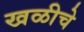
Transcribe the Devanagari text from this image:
खळीचे